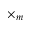
\times _ { m }